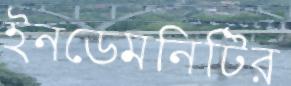
ইনডেমনিটির